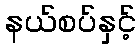
နယ်စပ်နှင့်